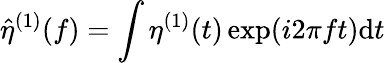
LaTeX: \hat{\eta}^{(1)}(f)=\int\eta^{(1)}(t)\exp(i2\pi ft)\mathrm{d}t